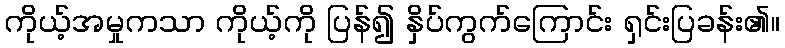
ကိုယ့်အမှုကသာ ကိုယ့်ကို ပြန်၍ နှိပ်ကွက်ကြောင်း ရှင်းပြခန်း၏။